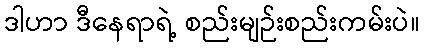
ဒါဟာ ဒီနေရာရဲ့ စည်းမျဉ်းစည်းကမ်းပဲ။